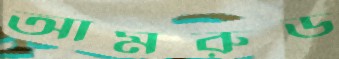
আমরুড